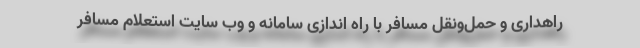
راهداری و حمل‌ونقل مسافر با راه اندازی سامانه و وب سایت استعلام مسافر